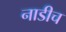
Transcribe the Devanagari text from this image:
नाडीच